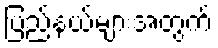
ပြည်နယ်များအတွက်